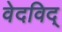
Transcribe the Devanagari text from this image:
वेदविद्